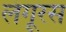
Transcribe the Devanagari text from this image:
लंगूरस